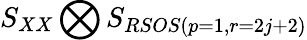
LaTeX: S_{XX}\bigotimes S_{RSOS(p=1,r=2j+2)}